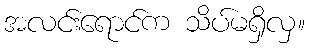
အလင်းရောင်က သိပ်မရှိလှ။